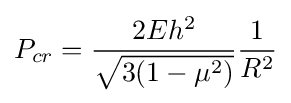
P_{cr}={\frac {2Eh^{2}}{\sqrt {3(1-\mu ^{2})}}}{\frac {1}{R^{2}}}